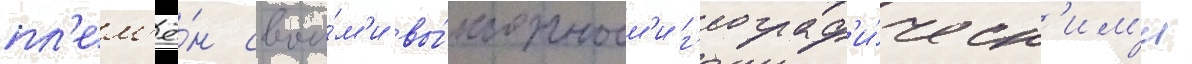
пл'ем'ё́н свои́м'и вы́годным'и г'еограф'и́ческ'им'и